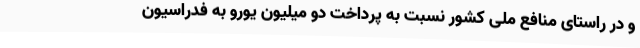
و در راستای منافع ملی کشور نسبت به پرداخت دو میلیون یورو به فدراسیون